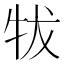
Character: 𰠮